Indian journal of veterinary science and animal husbandry - Volume 13,
Year: 1943
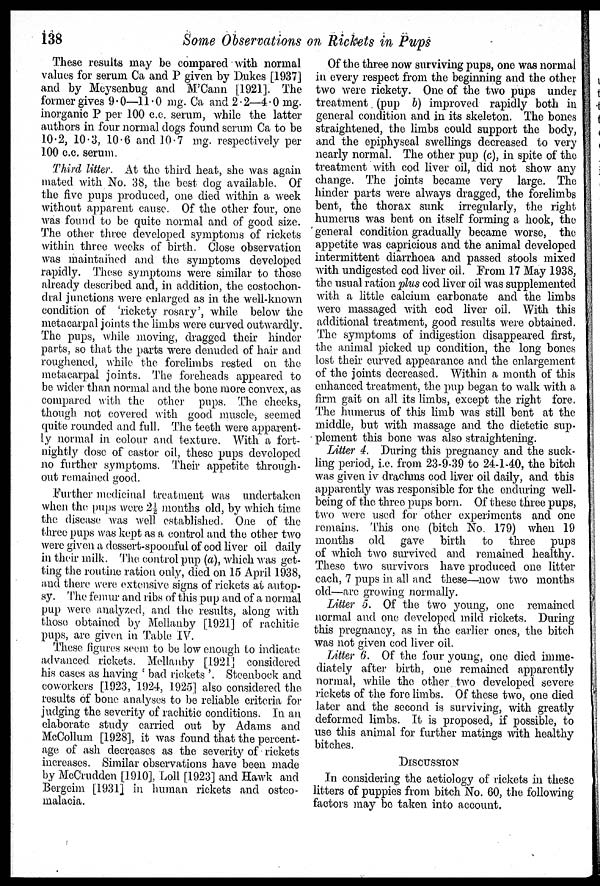
138
Some Observations on Rickets in Pups
These results may be compared with normal
values for serum Ca and P given by Dukes [1937]
and by Meysenbug and M'Cann [1921]. The
former gives 9.0—11.0 mg. Ca and 2.2—4.0 mg.
inorganic P per 100 c.c. serum, while the latter
authors in four normal dogs found serum Ca to be
10.2, 10.3, 10.6 and 10.7 mg. respectively per
100 c.c. serum.
Third litter. At the third heat, she was again
mated with No. 38, the best dog available. Of
the five pups produced, one died within a week
without apparent cause. Of the other four, one
was found to be quite normal and of good size.
The other three developed symptoms of rickets
within three weeks of birth. Close observation
was maintained and the symptoms developed
rapidly. These symptoms were similar to those
already described and, in addition, the costochon-
dral junctions were enlarged as in the well-known
condition of 'rickety rosary', while below the
metacarpal joints the limbs were curved outwardly.
The pups, while moving, dragged their hinder
parts, so that the parts were denuded of hair and
roughened, while the forelimbs rested on the
metacarpal joints. The foreheads appeared to
be wider than normal and the bone more convex, as
compared with the other pups. The cheeks,
though not covered with good muscle, seemed
quite rounded and full. The teeth were apparent-
ly normal in colour and texture. With a fort-
nightly dose of castor oil, these pups developed
no further symptoms. Their appetite through-
out remained good.
Further medicinal treatment was undertaken
when the pups were 2½ months old, by which time
the disease was well established. One of the
three pups was kept as a control and the other two
were given a dessert-spoonful of cod liver oil daily
in their milk. The control pup (a), which was get-
ting the routine ration only, died on 15 April 1938,
and there were extensive signs of rickets at autop-
sy. The femur and ribs of this pup and of a normal
pup were analyzed, and the results, along with
those obtained by Mellanby [1921] of rachitic
pups, are given in Table IV.
These figures seem to be low enough to indicate
advanced rickets. Mellanby [1921] considered
his cases as having 'bad rickets '. Steenbock and
coworkers [1923, 1924, 1925] also considered the
results of bone analyses to be reliable criteria for
judging the severity of rachitic conditions. In an
claborate study carried out by Adams and
McCollum [1928], it was found that the percent-
age of ash decreases as the severity of rickets
increases. Similar observations have been made
by McCrudden [1910], Loll [1923] and Hawk and
Bergeim [1931] in human rickets and osteo-
malacia.
Of the three now surviving pups, one was normal
in every respect from the beginning and the other
two were rickety. One of the two pups under
treatment (pup b) improved rapidly both in
general condition and in its skeleton. The bones
straightened, the limbs could support the body,
and the epiphyseal swellings decreased to very
nearly normal. The other pup (c), in spite of the
treatment with cod liver oil, did not show any
change. The joints became very large. The
hinder parts were always dragged, the forelimbs
bent, the thorax sunk irregularly, the right
humerus was bent on itself forming a hook, the
general condition gradually became worse, the
appetite was capricious and the animal developed
intermittent diarrhoea and passed stools mixed
with undigested cod liver oil. From 17 May 1938,
the usual ration plus cod liver oil was supplemented
with a little calcium carbonate and the limbs
were massaged with cod liver oil. With this
additional treatment, good results were obtained.
The symptoms of indigestion disappeared first,
the animal picked up condition, the long bones
lost their curved appearance and the enlargement
of the joints decreased. Within a month of this
enhanced treatment, the pup began to walk with a
firm gait on all its limbs, except the right fore.
The humerus of this limb was still bent at the
middle, but with massage and the dietetic sup-
plement this bone was also straightening.
Litter 4. During this pregnancy and the suck-
ling period, i.e. from 23-9-39 to 24-1-40, the bitch
was given iv drachms cod liver oil daily, and this
apparently was responsible for the enduring well-
being of the three pups born. Of these three pups,
two were used for other experiments and one
remains. This one (bitch No. 179) when 19
months old gave birth
to three pups
of which two survived and remained healthy.
These two survivors have produced one litter
each, 7 pups in all and these—now two months
old—are growing normally.
Litter 5. Of the two young, one remained
normal and one developed mild rickets. During
this pregnancy, as in the earlier ones, the bitch
was not given cod liver oil.
Litter 6. Of the four young, one died imme-
diately after birth, one remained apparently
normal, while the other two developed severe
rickets of the fore limbs. Of these two, one died
later and the second is surviving, with greatly
deformed limbs. It is proposed, if possible, to
use this animal for further matings with healthy
bitches.
DISCUSSION
In considering the aetiology of rickets in these
litters of puppies from bitch No. 60, the following
factors may be taken into account.